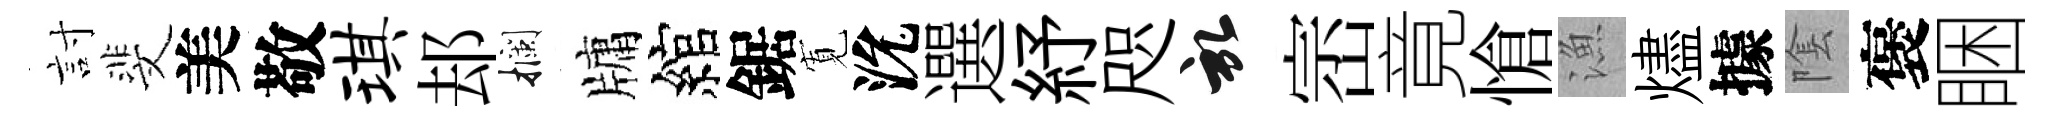
討斐美敬琪𨚫攔牗綰鋸𡩖沇選紓咫啓崈竟愴漁燼據隂褒睏